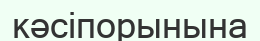
кәсіпорынына